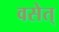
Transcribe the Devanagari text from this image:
वसेत्